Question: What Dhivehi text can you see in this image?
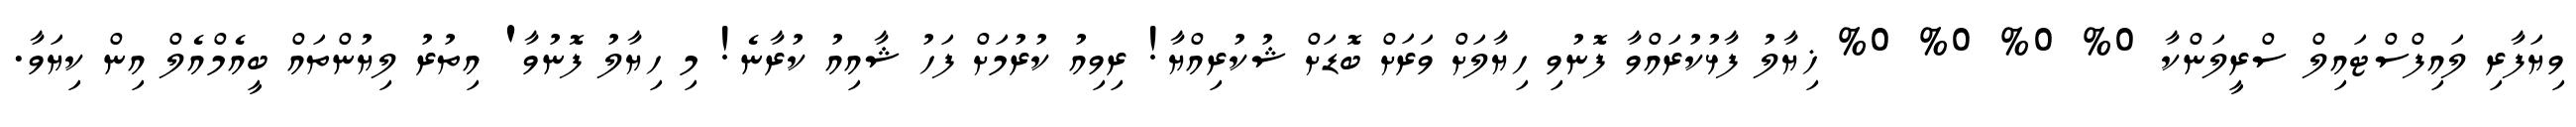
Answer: ވިޔަފާރި ލައިފްސްޓައިލް ސްރީލަންކާ 0% 0% 0% 0% ޚިޔާލު ފާޅުކުރައްވާ ފޮނުވި ހިޔާލަށް ވަރަށް ބޮޑަށް ޝުކުރިއްޔާ! ރިވިއު ކުރުމަށް ފަހު ޝާއިއު ކުރާނެ! މި ހިޔާލު ފޮނުވާ' އިތުރު ލިޔުންތައް ބީއެމްއެލް އިން ކިޔަވާ.